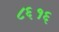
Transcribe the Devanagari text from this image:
८६१६